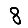
Digit: 8